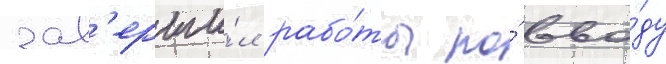
зав'ерши́л рабо́ты по́ вво́ду